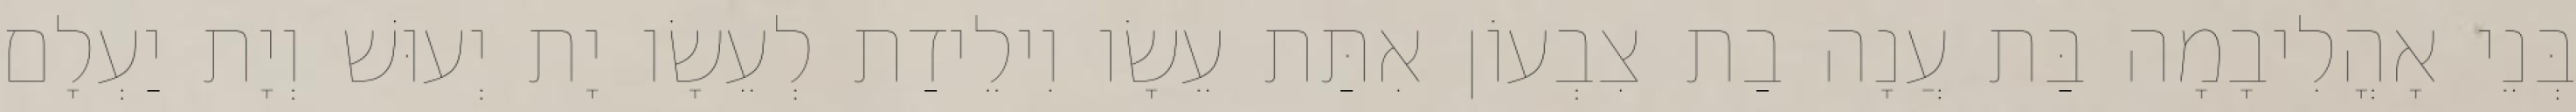
בְּנֵי אָהֳלִיבָמָה בַּת עֲנָה בַת צִבְעוֹן אִתַּת עֵשָׂו וִילֵידַת לְעֵשָׂו יָת יְעוּשׁ וְיָת יַעְלָם